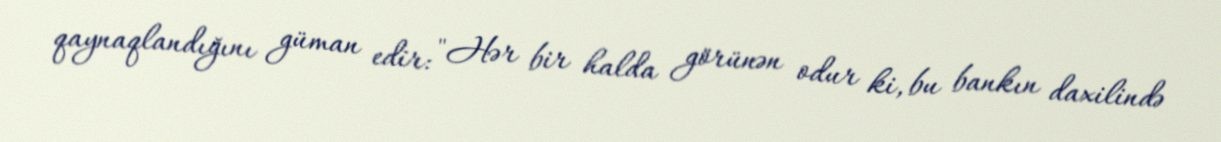
qaynaqlandığını güman edir: "Hər bir halda görünən odur ki, bu bankın daxilində